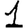
Digit: 1